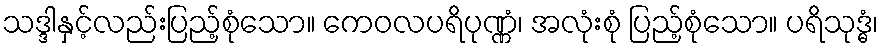
သဒ္ဒါနှင့်လည်းပြည့်စုံသော။ ကေဝလပရိပုဏ္ဏံ၊ အလုံးစုံ ပြည့်စုံသော။ ပရိသုဒ္ဓံ၊